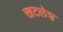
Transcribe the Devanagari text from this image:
खटलेश